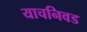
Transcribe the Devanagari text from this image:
याचनिवड